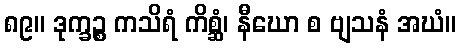
၈၉။ ဒုက္ခဉ္စ ကသိရံ ကိစ္ဆံ၊ နီဃော စ ဗျသနံ အဃံ။